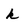
Character: k